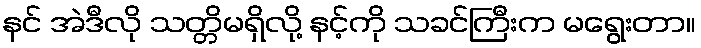
နင် အဲဒီလို သတ္တိမရှိလို့ နင့်ကို သခင်ကြီးက မရွေးတာ။